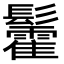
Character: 𮫓